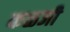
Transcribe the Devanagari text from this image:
कळजी